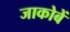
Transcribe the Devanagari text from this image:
जाकोबें